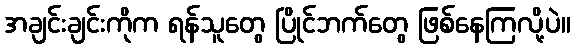
အချင်းချင်းကိုက ရန်သူတွေ ပြိုင်ဘက်တွေ ဖြစ်နေကြလို့ပဲ။